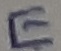
Text: E